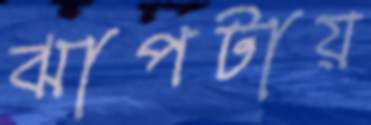
ঝাপটায়